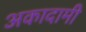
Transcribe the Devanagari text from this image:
अकादामी